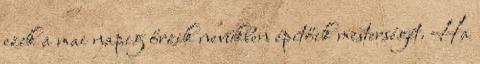
ezek a mai napig őrzik nevükben építőik mesterségét. Ha